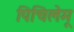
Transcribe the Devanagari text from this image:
पिचिलेमू